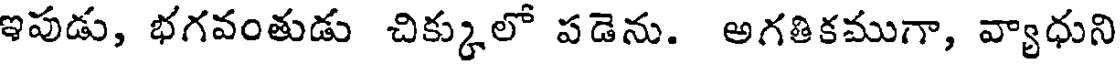
ఇపుడు, భగవంతుడు చిక్కులో పడెను. అగతికముగా, వ్యాధుని